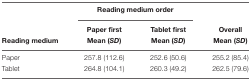
|  | <COLSPAN=2> Reading medium order |  |
 |  | Paper first | Tablet first | Overall |
 | Reading medium | Mean (SD) | Mean (SD) | Mean (SD) |
 | --- | --- | --- | --- |
 | Paper | 257.8 (112.6) | 252.6 (50.6) | 255.2 (85.4) |
 | Tablet | 264.8 (104.1) | 260.3 (49.2) | 262.5 (79.6) |